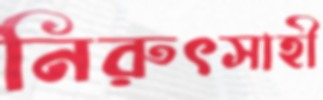
নিরুৎসাহী